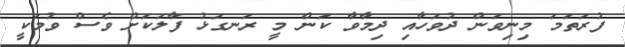
ފުރަތަމަ މިނިވަން ދުވަހާއި ދިމާވާ ކަން މީ ރަނގަޅު ފާލަކަށް ވެސް ވުމަކީ